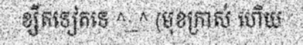
ខ្សឺតទៀតទេ ^_^ (មុខក្រាស់ ហើយ